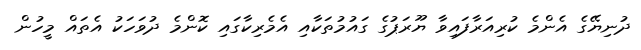
ދުނިޔޭގެ އެންމެ ކުރިއަރާފައިވާ ޔޫރަޕުގެ ގައުމުތަކާއި އެމެރިކާގައި ކޮންމެ ދުވަހަކު އެތައް މީހުން